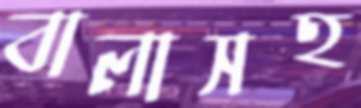
বালাসহ